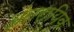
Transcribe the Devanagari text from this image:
अंतरायिक